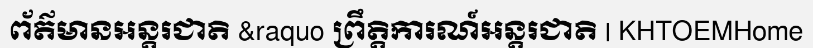
ព័ត៌មានអន្តរជាតិ &raquo ព្រឹត្តិការណ៍អន្តរជាតិ | KHTOEMHome